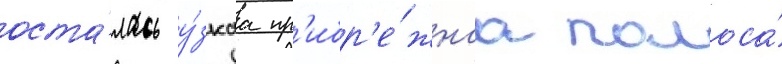
оста́лась у́зкаа пр'ибр'е́жнаа полоса́